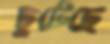
ছুটেছে